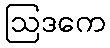
ဩဒကေ